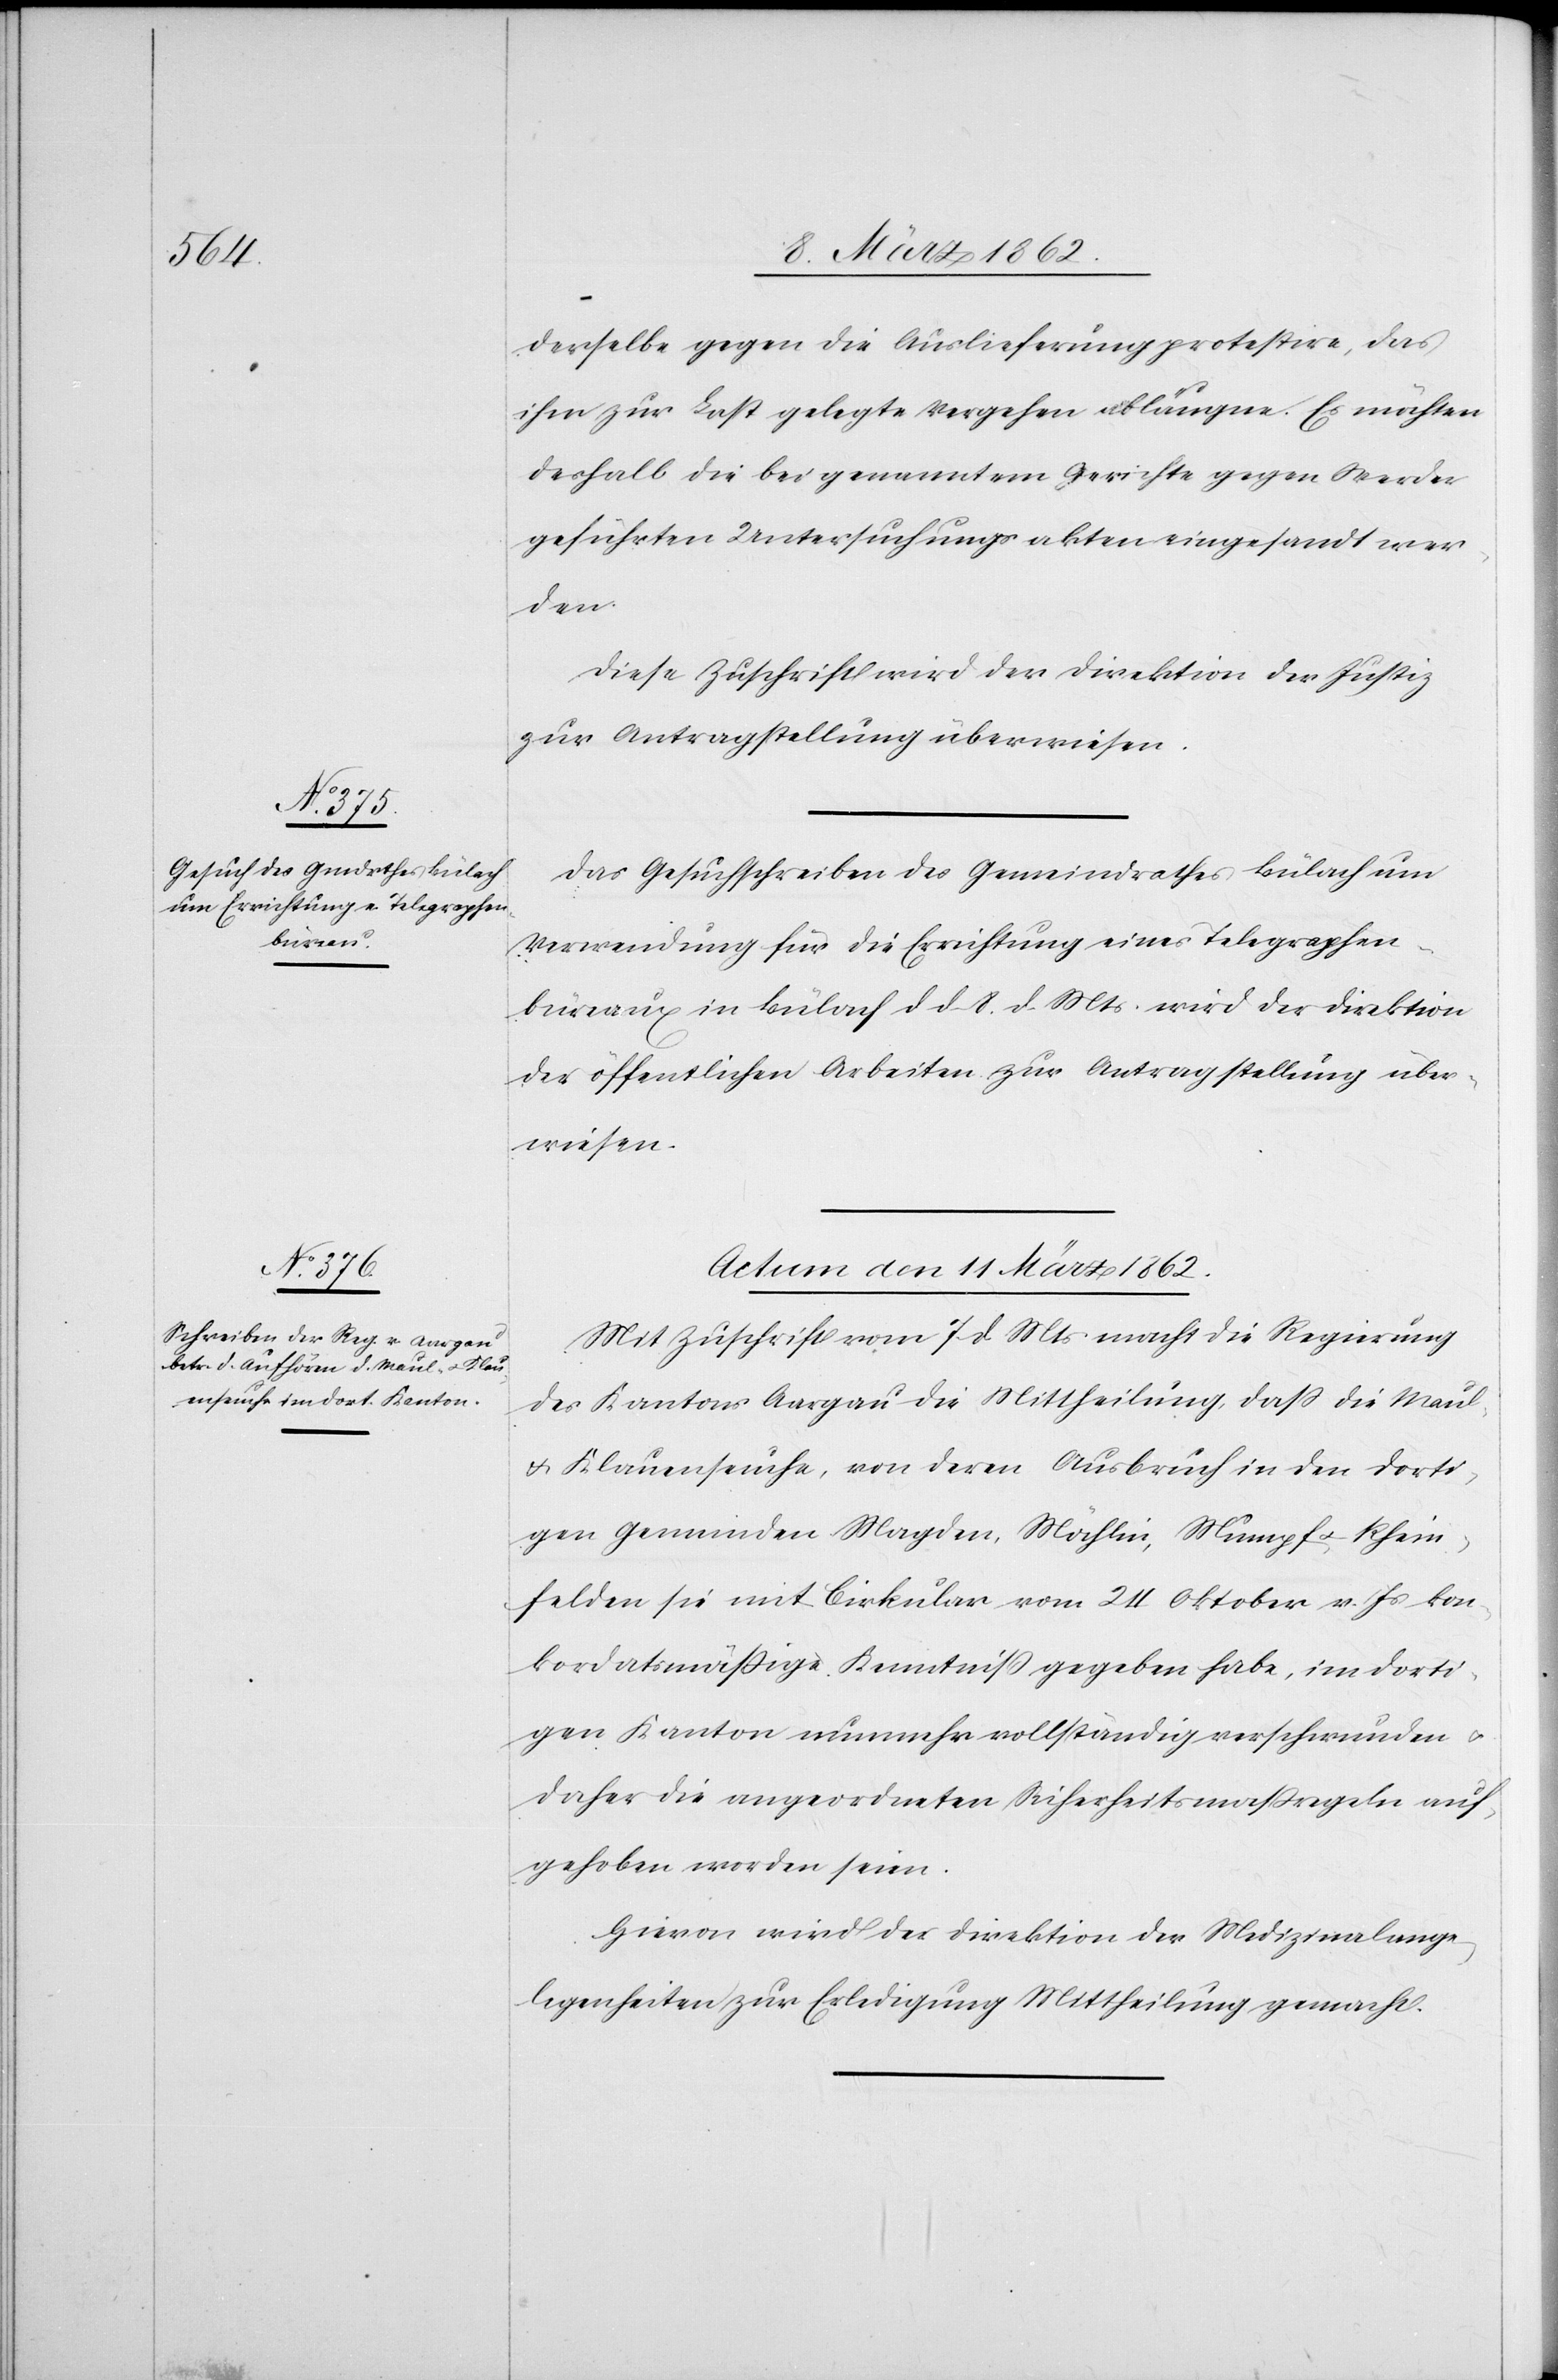
derselbe gegen die Auslieferung protestire, das
ihm zur Last gelegte Vergehen abläugne. Es möchten
deshalb die bei genanntem Gerichte gegen Werder
geführten Untersuchungsakten eingesandt wer¬
den.
Diese Zuschrift wird der Direktion der Justiz
zur Antragstellung überwiesen.
Das Gesuchschreiben des Gemeindrathes Bülach um
Verwendung für die Errichtung eines Telegraphen¬
büreaux in Bülach d d 8. d. Mts. wird der Direktion
der öffentlichen Arbeiten zur Antragstellung über¬
wiesen.
Actum den 11 März 1862.
Mit Zuschrift vom 7 d Mts macht die Regierung
des Kantons Aargau die Mittheilung, daß die Maul-
u. Klauenseuche, von deren Ausbruch in den dorti¬
gen Gemeinden Magden, Möhlin, Mumpf u. Rhein¬
felden sie mit Cirkular vom 24 Oktober v. Js kon¬
kordatsmäßige Kenntniß gegeben habe, im dorti¬
gen Kanton nunmehr vollständig verschwunden u.
daher die angeordneten Sicherheitsmaßregeln auf¬
gehoben worden seien.
Hievon wird der Direktion der Medizinalange¬
legenheiten zur Erledigung Mittheilung gemacht.